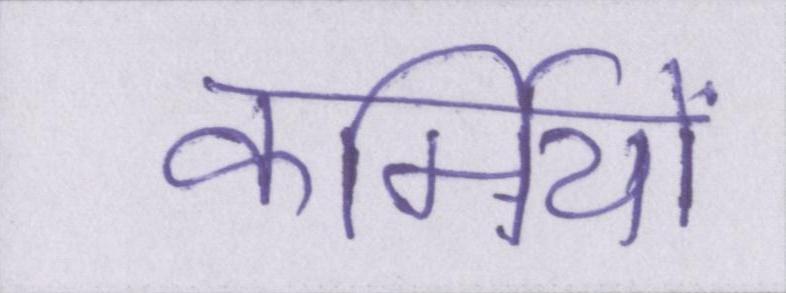
कर्मियों